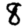
Digit: 8